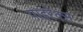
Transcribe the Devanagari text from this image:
पाइरेक्स